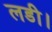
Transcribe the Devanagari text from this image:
लडी।